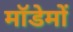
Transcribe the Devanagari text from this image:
मॉडेमों